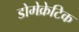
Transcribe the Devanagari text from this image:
डोमेक्रेटिक